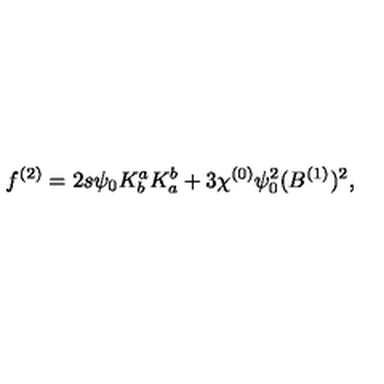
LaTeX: f ^ { ( 2 ) } = 2 s \psi _ { 0 } K _ { b } ^ { a } K _ { a } ^ { b } + 3 \chi ^ { ( 0 ) } \psi _ { 0 } ^ { 2 } ( B ^ { ( 1 ) } ) ^ { 2 } ,